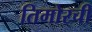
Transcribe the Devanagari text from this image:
तिमोरची